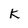
Character: K